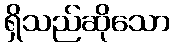
ရှိသည်ဆိုသော